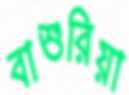
বাশুরিয়া